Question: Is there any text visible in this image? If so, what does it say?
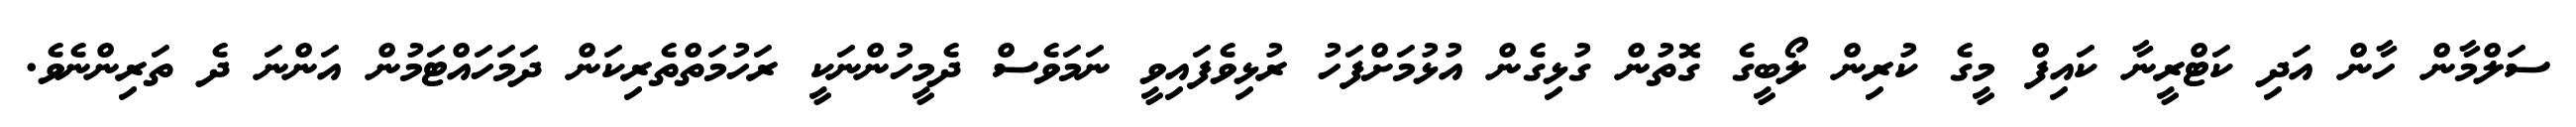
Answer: ސަލްމާން ހާން އަދި ކަޓްރީނާ ކައިފް މީގެ ކުރިން ލޯބީގެ ގޮތުން ގުޅިގެން އުޅުމަށްފަހު ރުޅިވެފައިވީ ނަމަވެސް ދެމީހުންނަކީ ރަހުމަތްތެރިކަން ދަމަހައްޓަމުން އަންނަ ދެ ތަރިންނެވެ.